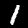
Label: 1